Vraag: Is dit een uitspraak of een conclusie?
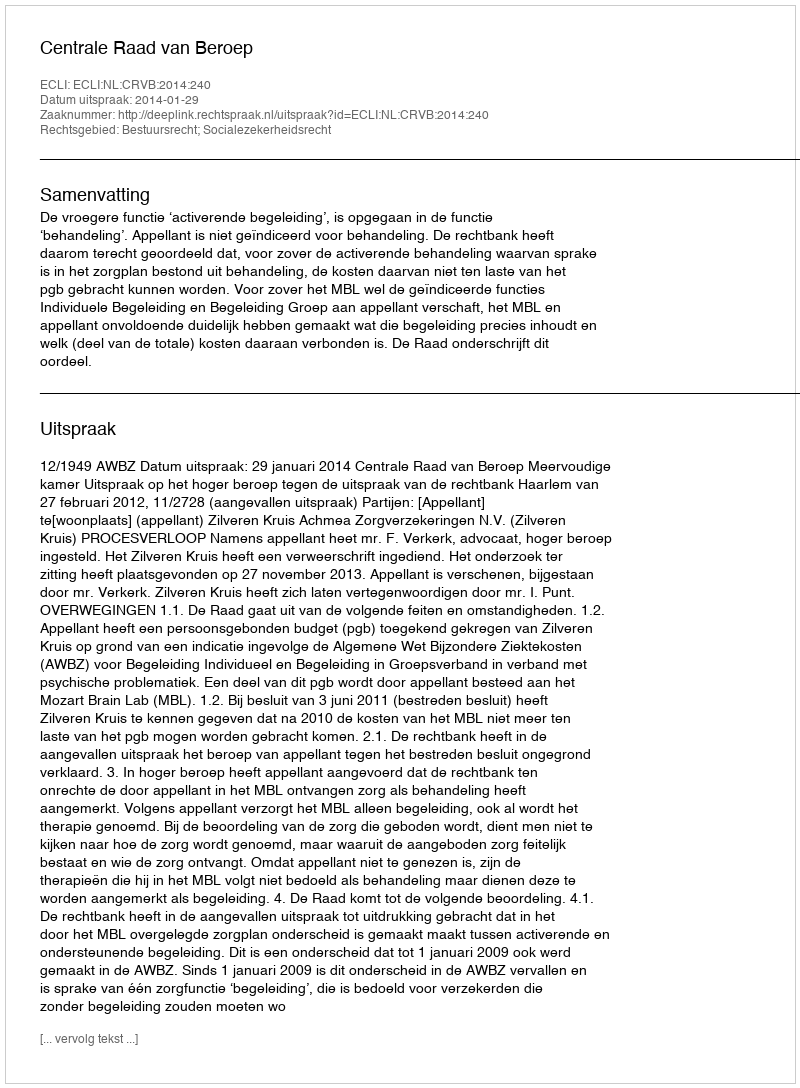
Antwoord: Uitspraak